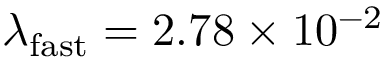
\lambda _ { \mathrm { f a s t } } = 2 . 7 8 \times 1 0 ^ { - 2 }